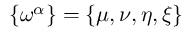
\smash { \{ \omega ^ { \alpha } \} } = \{ \mu , \nu , \eta , \xi \}